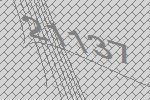
21137